Vaccination in Burma 1889-1999 - 1889-1999
Year: 1889
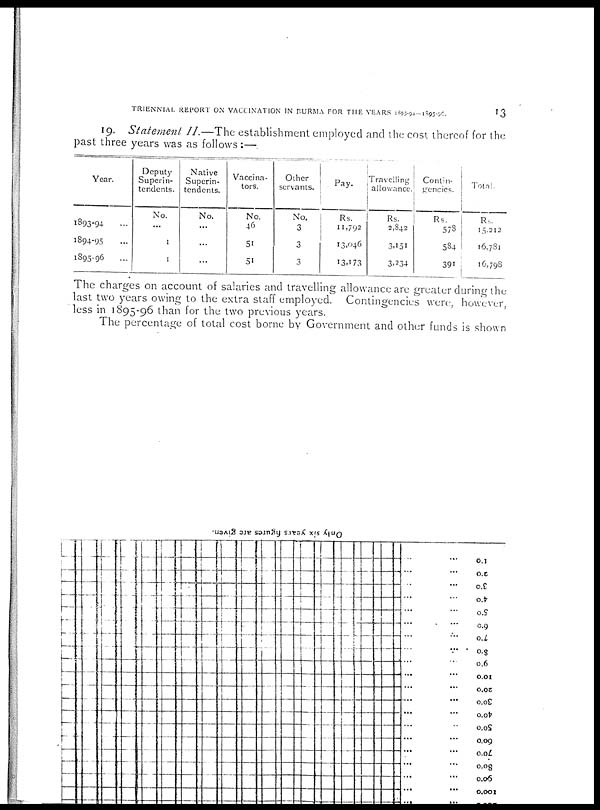
TRIENNIAL REPORT ON VACCINATION IN BURMA FOR THE YEARS 1893-94—1895-96 13
19. Statement II.—The establishment employed and the cost thereof for the
past three years was as follows:—
Year.
1893-94 ...
1894-95 ...
1895-96 ...
Deputy
Superin-
tendents.
No.
...
1
1
Native
Superin-
tendents.
No.
...
...
...
Vaccina-
tors.
No.
46
51
51
Other
servants.
No.
3
3
3
Pay.
Rs.
11,792
13,046
13,1763
Travelling
allowance.
Rs.
2,842
3,151
3,234
Contin-
gencies.
Rs.
578
584
391
Total.
Rs.
15,212
16,781
16,798
The charges on account of salaries and travelling allowance are greater during the
last two years owing to the extra staff employed. Contingencies were, however,
less in 1895-96 than for the two previous years.
The percentage of total cost borne by Government and other funds is shown